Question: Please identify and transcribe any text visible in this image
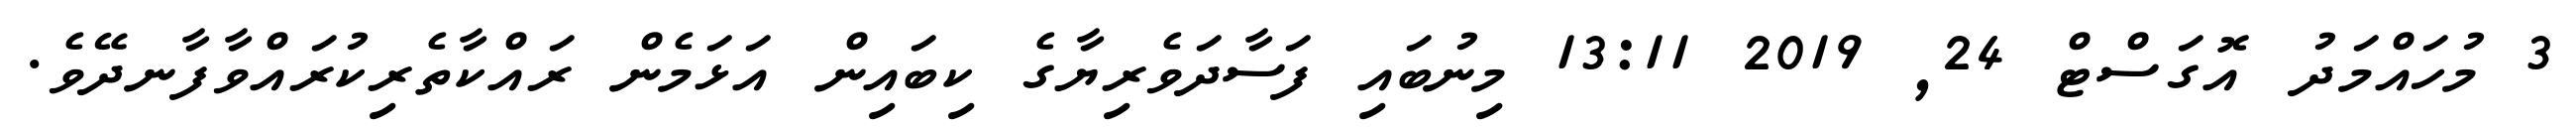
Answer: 3 މުހައްމަދު އޮގަސްޓް 24, 2019 13:11 މިނުބައި ފަސާދަވެރިޔާގެ ކިބައިން އަޅަމެން ރައްކާތެރިކުރައްވާފާނދޭވެ.